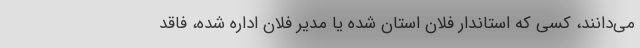
می‌دانند، کسی که استاندار فلان استان شده یا مدیر فلان اداره شده، فاقد